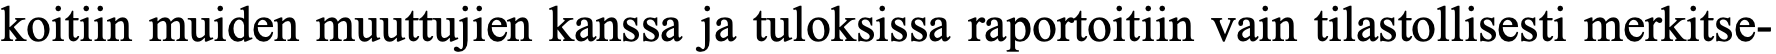
koitiin muiden muuttujien kanssa ja tuloksissa raportoitiin vain tilastollisesti merkitse-